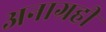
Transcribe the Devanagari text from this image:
अनाग्रही